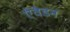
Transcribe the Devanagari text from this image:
ऐवेडन